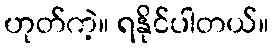
ဟုတ်ကဲ့။ ရနိုင်ပါတယ်။